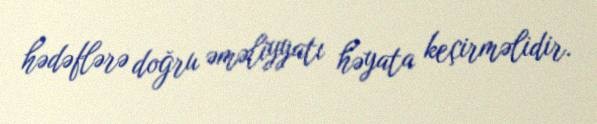
hədəflərə doğru əməliyyatı həyata keçirməlidir.